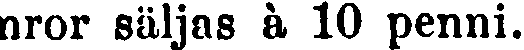
nror säljas à 10 penni.